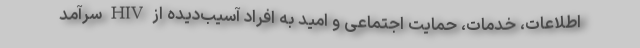
اطلاعات، خدمات، حمایت اجتماعی و امید به افراد آسیب‌دیده از HIV سرآمد